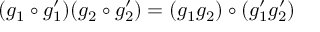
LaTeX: ( g _ { 1 } \circ g _ { 1 } ^ { \prime } ) ( g _ { 2 } \circ g _ { 2 } ^ { \prime } ) = ( g _ { 1 } g _ { 2 } ) \circ ( g _ { 1 } ^ { \prime } g _ { 2 } ^ { \prime } )